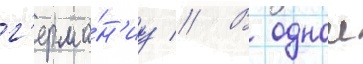
г'ерма́н'иу // В однои